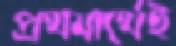
প্রথমার্থেই